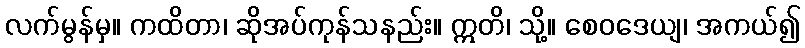
လက်မွန်မှ။ ကထိတာ၊ ဆိုအပ်ကုန်သနည်း။ ဣတိ၊ သို့။ စေဝဒေယျ၊ အကယ်၍